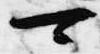
可